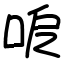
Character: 呝